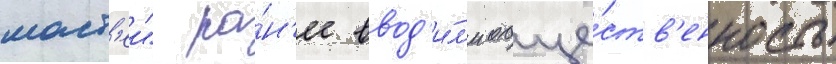
маст'еи" ра́н'ее ввод'и́л'и обще́ств'енность